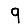
Digit: 9